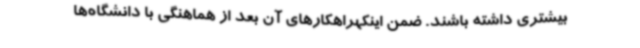
بیشتری داشته باشند. ضمن اینکهراهکارهای آن بعد از هماهنگی با دانشگاه‌ها